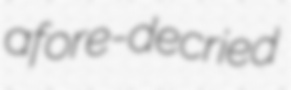
afore-decried